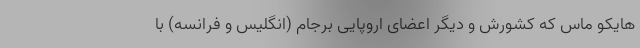
هایکو ماس که کشورش و دیگر اعضای اروپایی برجام (انگلیس و فرانسه) با